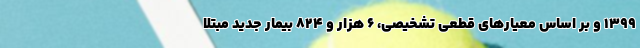
۱۳۹۹ و بر اساس معیارهای قطعی تشخیصی، ۶ هزار و ۸۲۴ بیمار جدید مبتلا